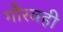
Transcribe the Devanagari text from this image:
गौरवही